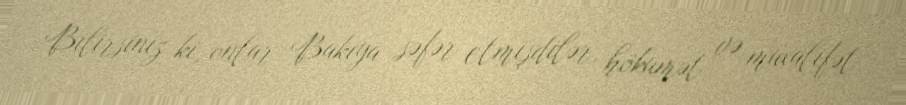
Bilirsiniz ki, onlar Bakıya səfər etmişdilər, hökumət və müxalifət